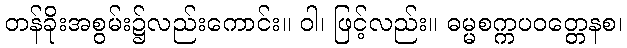
တန်ခိုးအစွမ်း၌လည်းကောင်း။ ဝါ၊ ဖြင့်လည်း။ ဓမ္မစက္ကပဝတ္တေနစ၊